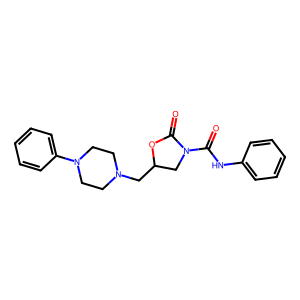
SMILES: O=C(Nc1ccccc1)N1CC(CN2CCN(c3ccccc3)CC2)OC1=O
Inhibits HIV replication: No